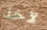
لآخذ